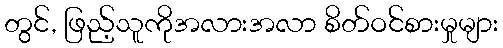
တွင်, ဖြည့်သူကိုအလားအလာ စိတ်ဝင်စားမှုများ